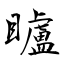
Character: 矑